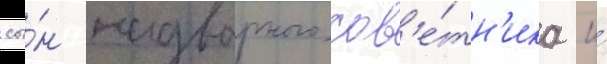
сы́н надворного сов'е́тн'ика и́